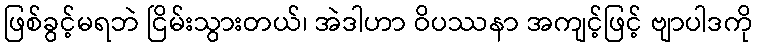
ဖြစ်ခွင့်မရဘဲ ငြိမ်းသွားတယ်၊ အဲဒါဟာ ဝိပဿနာ အကျင့်ဖြင့် ဗျာပါဒကို